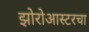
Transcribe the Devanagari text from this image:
झोरोआस्टरचा